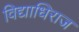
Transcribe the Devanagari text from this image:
विद्याधिराज